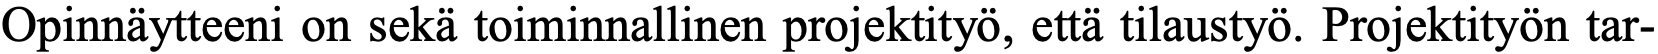
Opinnäytteeni on sekä toiminnallinen projektityö, että tilaustyö. Projektityön tar-